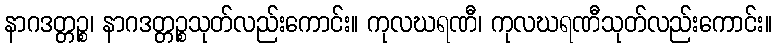
နာဂဒတ္တဉ္စ၊ နာဂဒတ္တဉ္စသုတ်လည်းကောင်း။ ကုလဃရဏီ၊ ကုလဃရဏီသုတ်လည်းကောင်း။